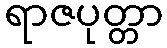
ရာဇပုတ္တာ